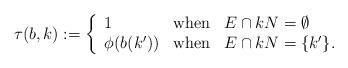
LaTeX: \begin{align*} \tau(b,k) := \left \{\begin{array}{lll} 1 &\hbox{\rm when} & E \cap kN=\emptyset\\\phi(b(k')) & \hbox{\rm when} & E \cap kN=\{ k'\}. \\ \end{array} \right . \end{align*}